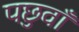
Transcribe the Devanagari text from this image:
पछुवाँ